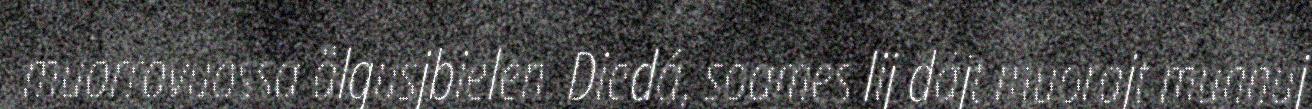
muorravuossa ålgusjbielen. Diedá, soames lij dájt muorajt munnuj